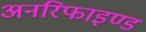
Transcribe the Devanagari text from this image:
अनरिफाइण्ड